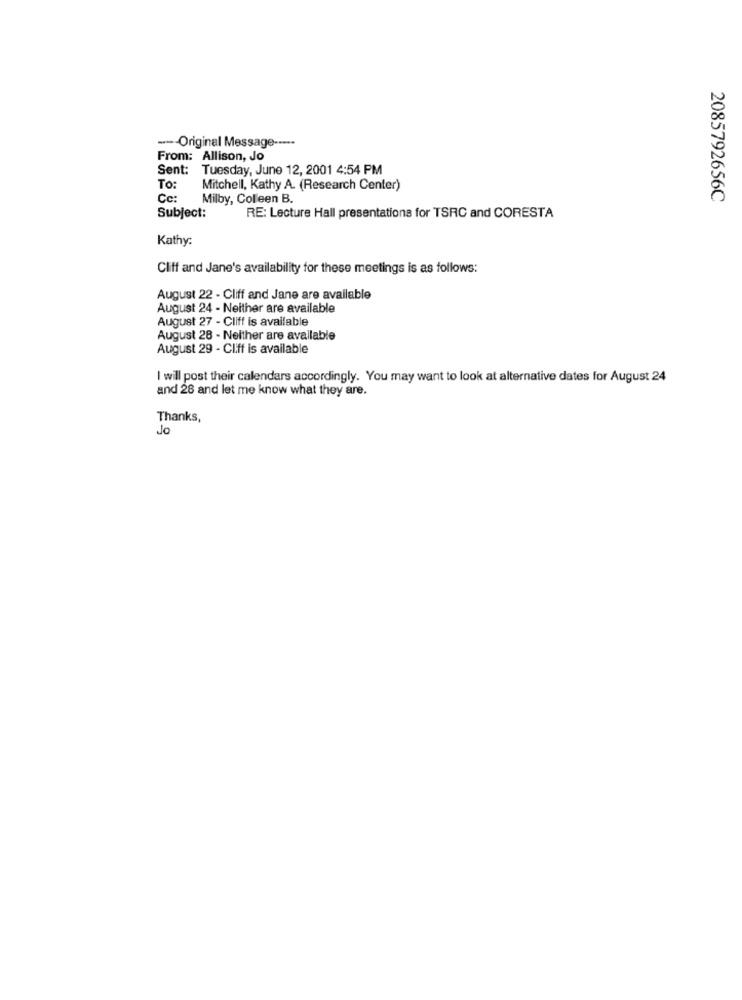
--- Original Message -----
From: Allison, Jo
Sent: Tuesday, June 12, 2001 4:54 PM
To:
Mitchell, Kathy A. (Research Center)
Cc:
Milby, Colleen B.
2085792656C
Subject:
RE: Lecture Hall presentations for TSRC and CORESTA
Kathy:
Cliff and Jane's availability for these meetings is as follows:
August 22 - Cliff and Jane are available
August 24 - Neither are available
August 27 - Cliff is available
August 28 - Neither are available
August 29 - Cliff is available
I will post their calendars accordingly. You may want to look at alternative dates for August 24
and 28 and let me know what they are.
Thanks,
Jo